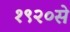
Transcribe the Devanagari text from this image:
१९२०से